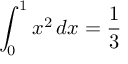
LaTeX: \int _ { 0 } ^ { 1 } x ^ { 2 } \, d x = { \frac { 1 } { 3 } }